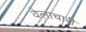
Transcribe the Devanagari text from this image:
वेलाचारी